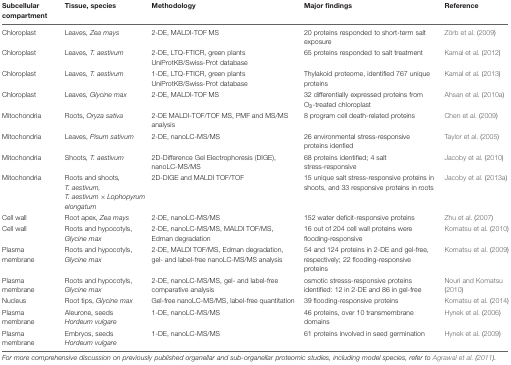
<table><thead><tr><td><b>Subcellular compartment</b></td><td><b>Tissue, species</b></td><td><b>Methodology</b></td><td><b>Major findings</b></td><td><b>Reference</b></td></tr></thead><tbody><tr><td>Chloroplast</td><td>Leaves, <i>Zea mays</i></td><td>2-DE, MALDI-TOF MS</td><td>20 proteins responded to short-term salt exposure</td><td>Zörb et al. (2009)</td></tr><tr><td>Chloroplast</td><td>Leaves, <i>T. aestivum</i></td><td>2-DE, LTQ-FTICR, green plants UniProtKB/Swiss-Prot database</td><td>65 proteins responded to salt treatment</td><td>Kamal et al. (2012)</td></tr><tr><td>Chloroplast</td><td>Leaves, <i>T. aestivum</i></td><td>1-DE, LTQ-FTICR, green plants UniProtKB/Swiss-Prot database</td><td>Thylakoid proteome, identified 767 unique proteins</td><td>Kamal et al. (2013)</td></tr><tr><td>Chloroplast</td><td>Leaves, <i>Glycine max</i></td><td>2-DE, MALDI-TOF MS</td><td>32 differentially expressed proteins from O<sub>3</sub>-treated chloroplast</td><td>Ahsan et al. (2010a)</td></tr><tr><td>Mitochondria</td><td>Roots, <i>Oryza sativa</i></td><td>2-DE MALDI-TOF/TOF MS, PMF and MS/MS analysis</td><td>8 program cell death-related proteins</td><td>Chen et al. (2009)</td></tr><tr><td>Mitochondria</td><td>Leaves, <i>Pisum sativum</i></td><td>2-DE, nanoLC-MS/MS</td><td>26 environmental stress-responsive proteins idenfied</td><td>Taylor et al. (2005)</td></tr><tr><td>Mitochondria</td><td>Shoots, <i>T. aestivum</i></td><td>2D-Difference Gel Electrophoresis (DIGE), nanoLC-MS/MS</td><td>68 proteins identified; 4 salt stress-responsive</td><td>Jacoby et al. (2010)</td></tr><tr><td>Mitochondria</td><td>Roots and shoots, <i>T. aestivum, T. aestivum × Lophopyrum elongatum</i></td><td>2D-DIGE and MALDI TOF/TOF</td><td>15 unique salt stress-responsive proteins in shoots, and 33 responsive proteins in roots</td><td>Jacoby et al. (2013a)</td></tr><tr><td>Cell wall</td><td>Root apex, <i>Zea mays</i></td><td>2-DE, nanoLC-MS/MS</td><td>152 water deficit-responsive proteins</td><td>Zhu et al. (2007)</td></tr><tr><td>Cell wall</td><td>Roots and hypocotyls, <i>Glycine max</i></td><td>2-DE, nanoLC-MS/MS, MALDI TOF/MS, Edman degradation</td><td>16 out of 204 cell wall proteins were flooding-responsive</td><td>Komatsu et al. (2010)</td></tr><tr><td>Plasma membrane</td><td>Roots and hypocotyls, <i>Glycine max</i></td><td>2-DE, MALDI TOF/MS, Edman degradation, gel- and label-free nanoLC-MS/MS analysis</td><td>54 and 124 proteins in 2-DE and gel-free, respectively; 22 flooding-responsive proteins</td><td>Komatsu et al. (2009)</td></tr><tr><td>Plasma membrane</td><td>Roots and hypocotyls, <i>Glycine max</i></td><td>2-DE, nanoLC-MS/MS, gel- and label-free comparative analysis</td><td>osmotic stresss-responsive proteins identified: 12 in 2-DE and 86 in gel-free</td><td>Nouri and Komatsu ()</td></tr><tr><td>Nucleus</td><td>Root tips, <i>Glycine max</i></td><td>Gel-free nanoLC-MS/MS, label-free quantitation</td><td>39 flooding-responsive proteins</td><td>Komatsu et al. (2014)</td></tr><tr><td>Plasma membrane</td><td>Aleurone, seeds <i>Hordeum vulgare</i></td><td>1-DE, nanoLC-MS/MS</td><td>46 proteins, over 10 transmembrane domains</td><td>Hynek et al. (2006)</td></tr><tr><td>Plasma membrane</td><td>Embryos, seeds <i>Hordeum vulgare</i></td><td>1-DE, nanoLC-MS/MS</td><td>61 proteins involved in seed germination</td><td>Hynek et al. (2009)</td></tr></tbody></table>